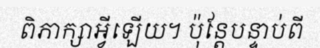
ពិភាក្សាអ្វីឡើយ។ ប៉ុន្តែបន្ទាប់ពី